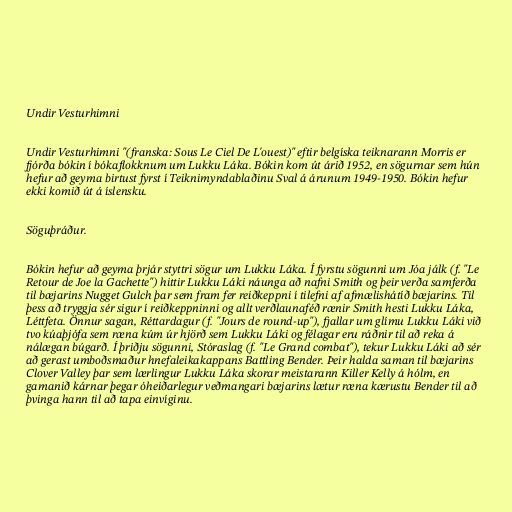
Undir Vesturhimni

Undir Vesturhimni "(franska: Sous Le Ciel De L'ouest)" eftir belgíska teiknarann Morris er
fjórða bókin í bókaflokknum um Lukku Láka. Bókin kom út árið 1952, en sögurnar sem hún
hefur að geyma birtust fyrst í Teiknimyndablaðinu Sval á árunum 1949-1950. Bókin hefur
ekki komið út á íslensku.

Söguþráður.

Bókin hefur að geyma þrjár styttri sögur um Lukku Láka. Í fyrstu sögunni um Jóa jálk (f. "Le
Retour de Joe la Gachette") hittir Lukku Láki náunga að nafni Smith og þeir verða samferða
til bæjarins Nugget Gulch þar sem fram fer reiðkeppni í tilefni af afmælishátíð bæjarins. Til
þess að tryggja sér sigur í reiðkeppninni og allt verðlaunaféð rænir Smith hesti Lukku Láka,
Léttfeta. Önnur sagan, Réttardagur (f. "Jours de round-up"), fjallar um glímu Lukku Láki við
tvo kúaþjófa sem ræna kúm úr hjörð sem Lukku Láki og félagar eru ráðnir til að reka á
nálægan búgarð. Í þriðju sögunni, Stóraslag (f. "Le Grand combat"), tekur Lukku Láki að sér
að gerast umboðsmaður hnefaleikakappans Battling Bender. Þeir halda saman til bæjarins
Clover Valley þar sem lærlingur Lukku Láka skorar meistarann Killer Kelly á hólm, en
gamanið kárnar þegar óheiðarlegur veðmangari bæjarins lætur ræna kærustu Bender til að
þvinga hann til að tapa einvíginu.